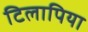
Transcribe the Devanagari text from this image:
टिलापिया